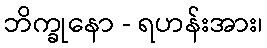
ဘိက္ခုနော - ရဟန်းအား၊